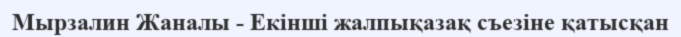
Мырзалин Жаналы - Екінші жалпықазақ съезіне қатысқан